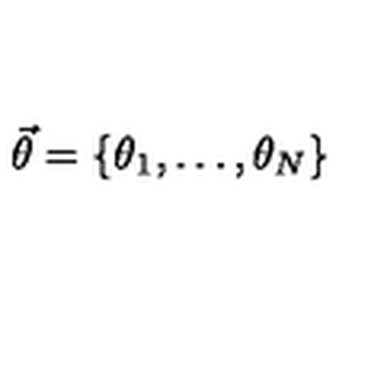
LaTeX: \vec { \theta } = \{ \theta _ { 1 } , \ldots , \theta _ { N } \}